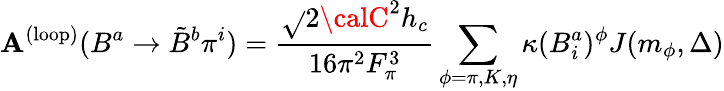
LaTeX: \mathbf{A}^{\mathrm{{(loop)}}}(B^{a}\rightarrow\tilde{{B}}^{b}\pi^{i})=\frac{{\sqrt{}{{2}}{\calC}^{2}h_{c}}}{{16\pi^{2}F_{\pi}^{3}}}\sum_{\phi=\pi,K,\eta}\kappa(B_{i}^{a})^{\phi}J(m_{\phi},\Delta)